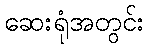
ဆေးရုံအတွင်း